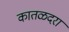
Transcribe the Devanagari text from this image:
कातळदरा